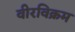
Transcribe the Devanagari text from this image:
वीरविक्रम